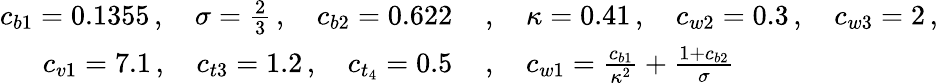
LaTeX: \begin{array}{rl}{c_{b1}=0.1355\, ,\quad\sigma=\frac{2}{3}\, ,\quad c_{b2}=0.622\, }&{,\quad\kappa=0.41\, ,\quad c_{w2}=0.3\, ,\quad c_{w3}=2\, ,}\\ {c_{v1}=7.1\, ,\quad c_{t3}=1.2\, ,\quad c_{t_{4}}=0.5\, }&{,\quad c_{w1}=\frac{c_{b1}}{\kappa^{2}}+\frac{1+c_{b2}}{\sigma}}\end{array}